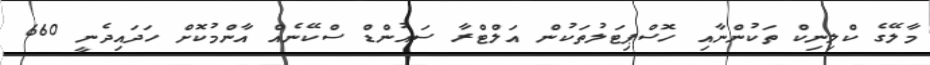
މާލޭގެ ކްލިނިކް ތަކުންނާއި ހޮސްޕިޓަލުތަކުން އަލްޓްރާ ސައުންޑް ސްކޭނެއް އާންމުކޮށް ހަދައިދެނީ 660